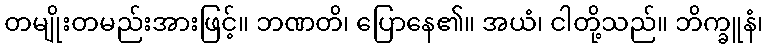
တမျိုးတမည်းအားဖြင့်။ ဘဏတိ၊ ပြောနေ၏။ အယံ၊ ငါတို့သည်။ ဘိက္ခူနံ၊